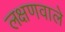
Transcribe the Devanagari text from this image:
लक्षणवाले